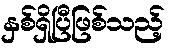
နှစ်ရှိပြီဖြစ်သည့်